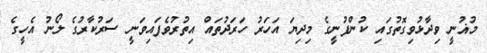
މުޣުނީ ވިދާޅުވިގޮތުގައި ކުންފުނީގެ މިދިޔަ އަހަރު ހަރަދުތައް އިތުރުވެފައިވަނީ ސަރުކާރުގެ ލޯނު އެހީގެ